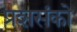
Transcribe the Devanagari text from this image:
प्रशसंको